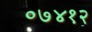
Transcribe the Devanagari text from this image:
०७४१२